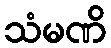
သံမဏိ